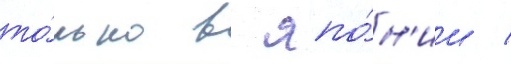
то́лько в япо́н'ии /